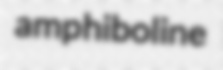
amphiboline